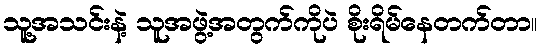
သူ့အသင်းနဲ့ သူအဖွဲ့အတွက်ကိုပဲ စိုးရိမ်နေတက်တာ။